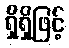
ရှိရှိဖြင့်